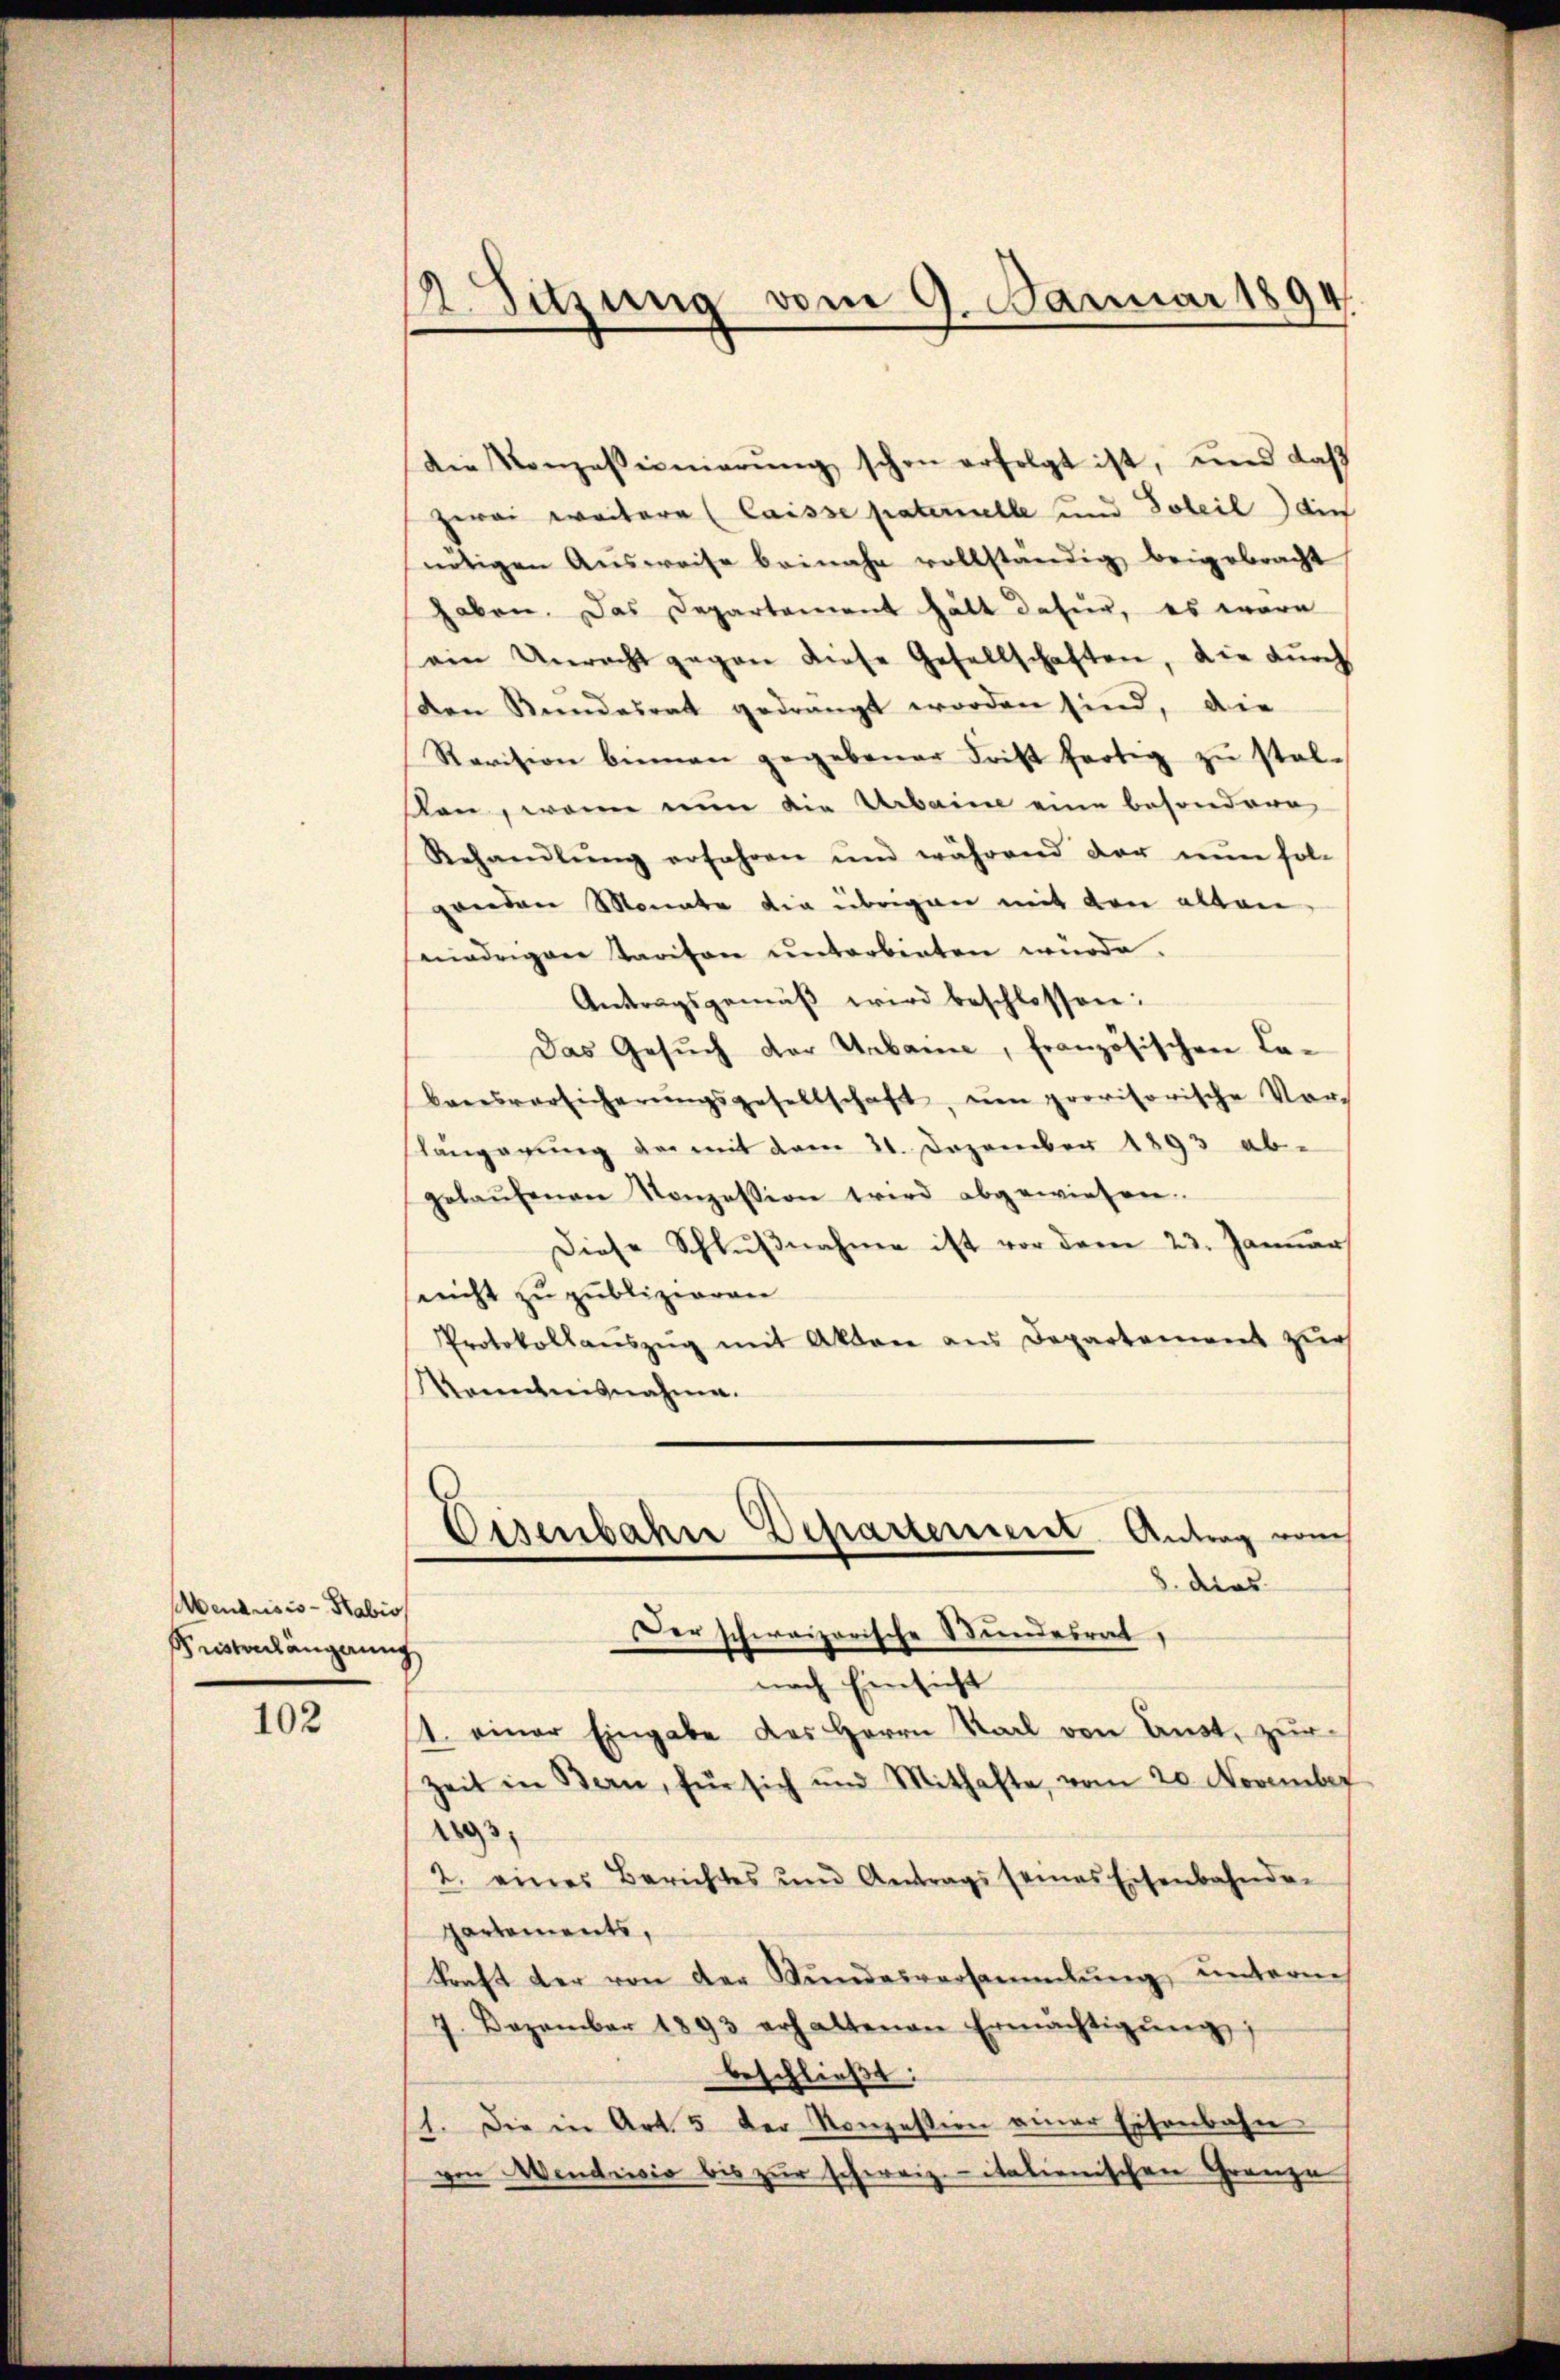
Mendrisis - Habio
Meistenhängung

102

12. Suzung vom 9. Januar 1894

Die Konzessionierŭng schon erfolgt ist, und daß
zwei weitere (laisse paterielle und Soleil) die
nötigen Aŭsweise beinahe vollständig beigebracht
haben. Das Departement hätt dafür, es ware
ein Unrecht gegen diese Gesellschaften, die dŭrch
den Rundesrat gedrängt worden sind, die
Revision binnen gegebener Frist fertig zŭ stel-
ton, wenn nun die Urbaine eine besondere
Rehandlŭng erfahren und während der nun fol-
genden Monate die übrigen mit den alten
niedrigen Taritor unterbieten würde.
Antragsgemäβ wird beschlossen:
Das Gesŭch der Urbaine, französischen La-
Baresversicherŭngsgesellschaft, um provisorische Vor-
slängerung der mit dem 21. Dezember 1893 ab-
gelaŭfenen Konzession wird abgewiesen.
Diese Schlŭβnahme ist vor dem 23. Januar
sericht zu publizieren
Protokollauszug mit Akten aus Departement zur
Kenntnisnahme.
Eisenbahre Departement Antrag vom
8. dies
Der schweizerische Bundesrat,
nach Einsicht
11. einer Eingabe des Herrn Karl von Anst, zur
zeit in Bern, für sich und Mithafte, vom 20. November
1893.
2. eines Berichtes und Antrags seines Eisenbahnden
partements,
Kraft der von der Stŭndesversammlung unterne
7. Dezember 1893 erhaltenen Ermächtigŭng
beschließt:
1. Die in Art. 5 der Konzession einer Eisenbahn
von Aendiis bis zur schweiz. - italienischen Grenze